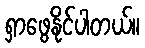
ရှာဖွေနိုင်ပါတယ်။